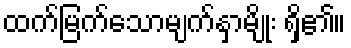
ထက်မြက်သောမျက်နှာမျိုး ရှိ၏။